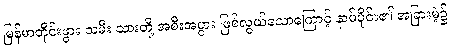
မြန်မာတိုင်းဖွား သမီး သားတို့ အစီးအပွား ဖြစ်လွယ်သောကြောင့် နာမ်ပိုင်း၏ အခြားမဲ့၌